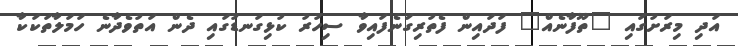
އަދި މިރަށުގައި "ތޫފާނެއް" ފަދައިން ފެތުރިގަނެފައިވާ ސިހުރު ކުޅިގަނޑުގައި ދެން އަތުވެދާނެ ހަމަލާތަކަކާ